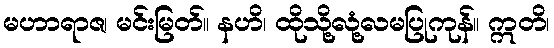
မဟာရာဇ၊ မင်းမြတ်။ နဟိ၊ ထိုသို့လုံ့လမပြုကုန်။ ဣတိ၊